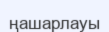
ңашарлауы